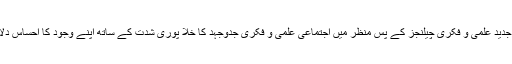
بالخصوص جدید علمی و فکری چیلنجز کے پس منظر میں اجتماعی علمی و فکری جدوجہد کا خلا پوری شدت کے ساتھ اپنے وجود کا احساس دلاتا رہتا ہے۔